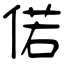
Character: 偌